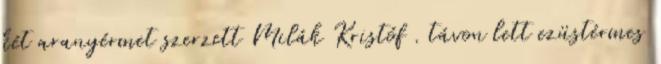
két aranyérmet szerzett Milák Kristóf . távon lett ezüstérmes